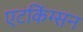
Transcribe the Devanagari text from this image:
एटकिंग्सन